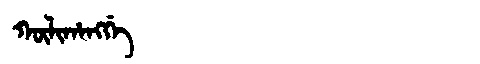
Manchu: ᡴᡡᠯᡳᡥᠠᠩᡤᡝ
Romanization: KŪLIHANGGE